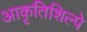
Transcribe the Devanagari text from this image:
आकृतिशिल्पे